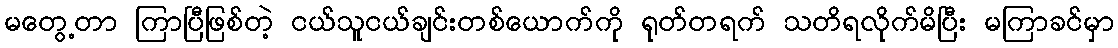
မတွေ့တာ ကြာပြီဖြစ်တဲ့ ငယ်သူငယ်ချင်းတစ်ယောက်ကို ရုတ်တရက် သတိရလိုက်မိပြီး မကြာခင်မှာ